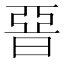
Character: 𣇩